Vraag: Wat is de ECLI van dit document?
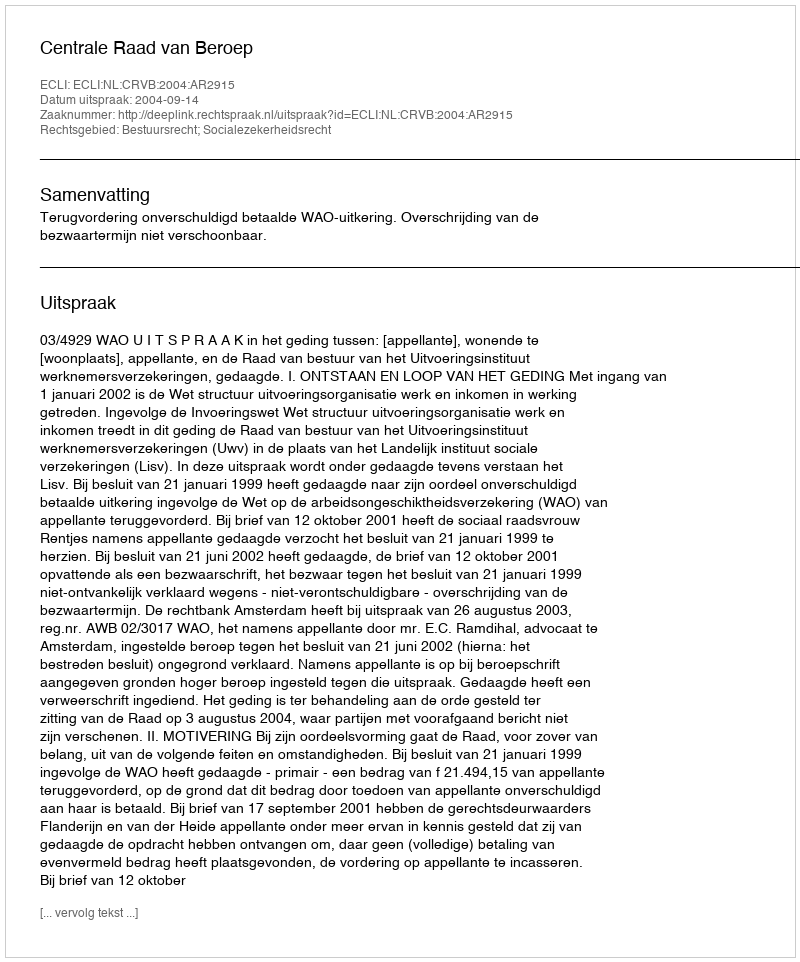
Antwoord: ECLI:NL:CRVB:2004:AR2915